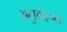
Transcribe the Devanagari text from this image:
अनुदोलन